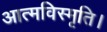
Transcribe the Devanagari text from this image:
आत्मविस्मृति।